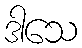
ဒါသေ